Vaccine operations Central Provinces & Berar 1912-1920 - 1912-1920
Year: 1912
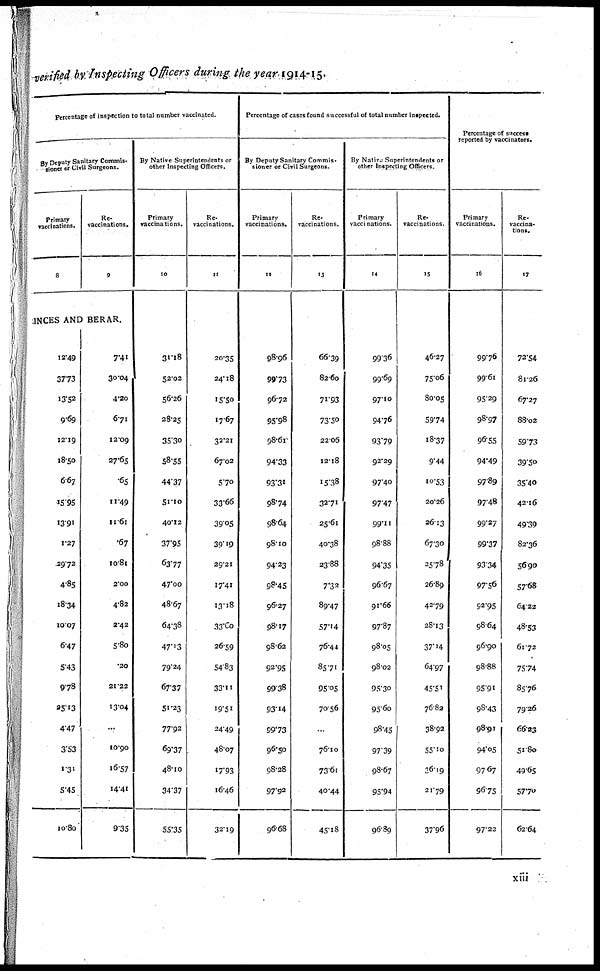
verified by Inspecting Officers during the year 1914-15.
Percentage of inspection to total number vaccinated.
By Deputy Sanitary Commis-
sioner or Civil Surgeons.
Primary
vaccinations.
8
Re-
vaccinations.
9
CINCES AND BERAR.
12.49
37.73
13.52
9.69
12.19
18.50
6.67
15.95
13.91
1.27
29.72
4.85
18.34
10.07
6.47
5.43
9.78
25.13
4.47
3.53
1.31
5.45
10.80
7.41
30.04
4.20
6.71
12.09
27.65
.65
11.49
11.61
.67
10.81
2.00
4.82
2.42
5.80
.20
21.22
13.04
...
10.90
16.57
14.41
9.35
By Native Superintendents or
other Inspecting Officers.
Primary
vaccinations.
10
31.18
52.02
56.26
28.25
35.30
58.55
44.37
51.10
40.12
37.95
63.77
47.00
48.67
64.38
47.13
79.24
67.37
51.23
77.92
69.37
48.10
34.37
55.35
Re-
vaccinations.
11
20.35
24.18
15.50
17.67
32.21
67.02
5.70
33.66
39.05
39.19
29.21
17.41
13.18
33.60
26.59
54.83
33.11
19.51
24.49
48.07
17.93
16.46
32.19
Percentage of cases found successful of total number inspected.
By Deputy Sanitary Commis-
sioner or Civil Surgeons.
Primary
vaccinations.
12
98.96
99.73
96.72
95.98
98.61
94.33
93.31
98.74
98.64
98.10
94.23
98.45
96.27
98.17
98.62
92.95
99.38
93.14
99.73
96.50
98.28
97.92
96.68
Re-
vaccinations.
13
66.39
82.60
71.93
73.50
22.06
12.18
15.38
32.71
25.61
40.38
23.88
7.32
89.47
57.14
76.44
85.71
95.05
70.56
...
76.10
73.61
40.44
45.18
By Native Superintendents or
other Inspecting Officers.
Primary
vaccinations.
14
99.36
99.69
97.10
94.76
93.79
92.29
97.40
97.47
99.11
98.88
94.35
96.67
91.66
97.87
98.05
98.02
95.30
95.60
98.45
97.39
98.67
95.94
96.89
Re-
vaccinations.
15
46.27
75.06
80.05
59.74
18.37
9.44
10.53
20.26
26.13
67.30
25.78
26.89
42.79
28.13
37.14
64.97
45.51
76.82
38.92
55.10
36.19
21.79
37.96
Percentage of success
reported by vaccinators.
Primary
vaccinations.
16
99.76
99.61
95.29
98.97
96.55
94.49
97.89
97.48
99.27
99.37
93.34
97.56
92.95
98.64
96.90
98.88
95.91
98.43
98.91
94.05
97.67
96.75
97.22
Re-
vaccina-
tion.
17
72.54
81.26
67.27
88.02
59.73
39.50
35.40
42.16
49.39
82.36
56.90
57.68
64.22
48.53
61.72
75.74
85.76
79.26
66.23
51.80
49.65
57.70
62.64
xiii